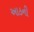
આઠની